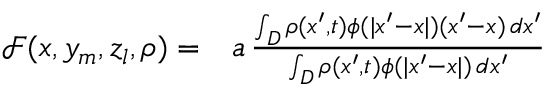
\begin{array} { r l } { \mathcal F ( x , y _ { m } , z _ { l } , \rho ) = } & { { } a \, \frac { \int _ { D } \rho ( x ^ { \prime } , t ) \phi ( | x ^ { \prime } - x | ) ( x ^ { \prime } - x ) \, d x ^ { \prime } } { \int _ { D } \rho ( x ^ { \prime } , t ) \phi ( | x ^ { \prime } - x | ) \, d x ^ { \prime } } } \end{array}